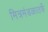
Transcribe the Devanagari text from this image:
मित्रमंडळातर्फे